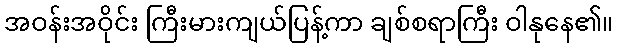
အဝန်းအဝိုင်း ကြီးမားကျယ်ပြန့်ကာ ချစ်စရာကြီး ဝါနုနေ၏။